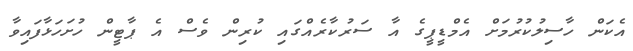
އެކަން ހާސިލުކުރުމަށް އެމްޑީޕީގެ އާ ސަރުކާރެއްގައި ކުރިން ވެސް އެ ޕާޓީން ހުށަހަޅާފައިވާ